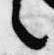
言